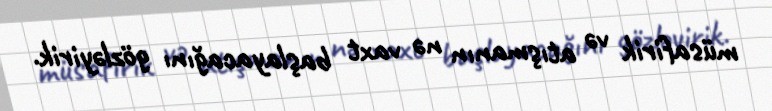
müsafirik və atışmanın nə vaxt başlayacağını gözləyirik.